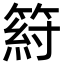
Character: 䈙